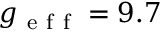
g _ { \mathrm { ~ e ~ f ~ f ~ } } = 9 . 7